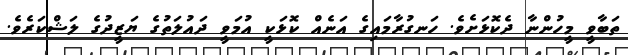
ތަބާވީ މީހުންނާ ދެކޮޅަށެވެ. ހަނގުރާމައިގެ އަނެއް ކޮޅަކީ އުމަވީ ދައުލަތުގެ ޔަޒީދުގެ ލަޝްކަރެވެ.